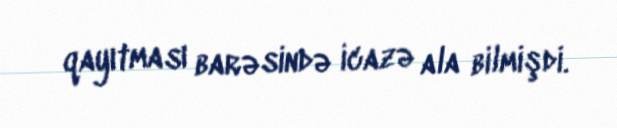
qayıtması barəsində icazə ala bilmişdi.